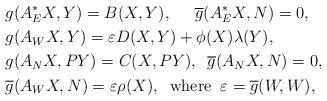
LaTeX: \begin{align*} &g(A^{*}_{E}X,Y)=B(X,Y),\;\;\;\;\; \overline{g}(A^{*}_{E}X,N)=0,\\ &g(A_{W}X,Y) = \varepsilon D(X,Y)+ \phi(X)\lambda(Y),\\ &g(A_{N}X,PY) = C(X,PY ),\;\;\overline{g}(A_{N} X,N) = 0,\\ &\overline{g}(A_{W} X,N) = \varepsilon \rho(X),\;\;\mbox{where}\;\; \varepsilon=\overline{g}(W,W), \end{align*}